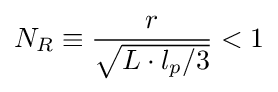
N_{R}\equiv {\frac {r}{\sqrt {L\cdot {l_{p}/3}}}}<1